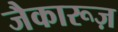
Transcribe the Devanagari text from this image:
जैकारूज़